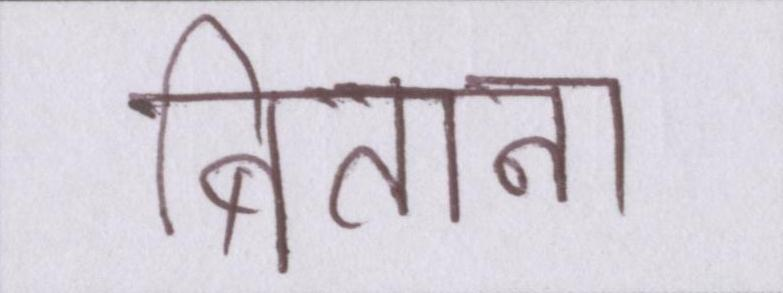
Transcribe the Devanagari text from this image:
बिताना